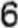
6